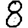
Digit: 8